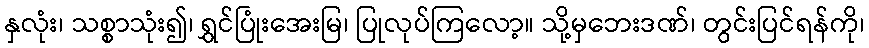
နှလုံး၊ သစ္စာသုံး၍၊ ရွှင်ပြုံးအေးမြ၊ ပြုလုပ်ကြလော့။ သို့မှဘေးဒဏ်၊ တွင်းပြင်ရန်ကို၊